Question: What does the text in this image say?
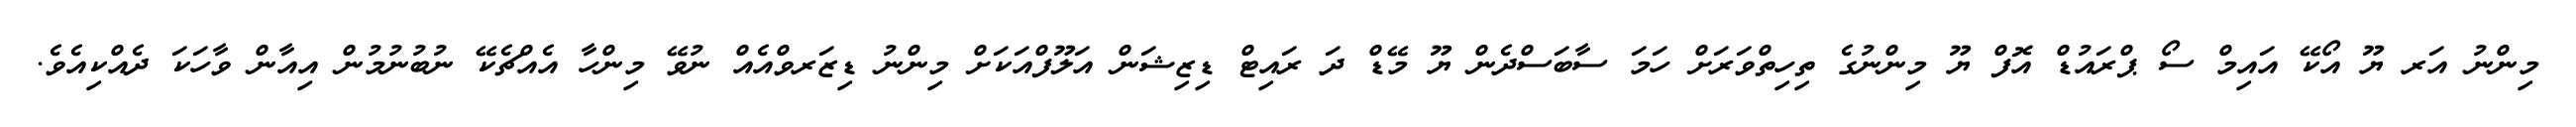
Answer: މިންނު އަރ ޔޫ އޯކޭ އައިމް ސޯ ޕްރައުޑް އޮފް ޔޫ މިންނުގެ ތިހިތްވަރަށް ހަމަ ސާބަސްދެން ޔޫ މޭޑް ދަ ރައިޓް ޑިޒިޝަން އަލޫފްއަކަށް މިންނު ޑިޒަރވްއެއް ނުވޭ މިންހާ އެއްޗެކޭ ނުބުނުމުން އިއާން ވާހަކަ ދެއްކިއެވެ.